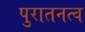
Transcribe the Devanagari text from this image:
पुरातनत्व